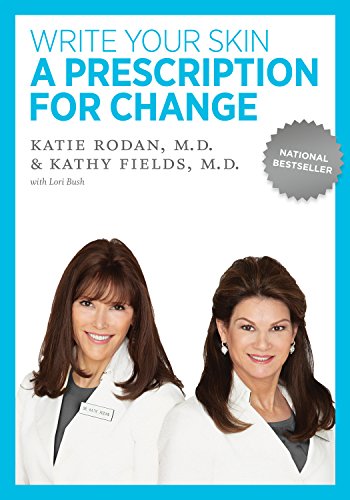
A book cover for Write Your Skin a Prescription for Change; Dr. Katie Rodan; Health, Fitness & Dieting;